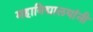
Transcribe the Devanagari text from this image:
महाविद्यालयांनी